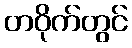
တဝိုက်တွင်